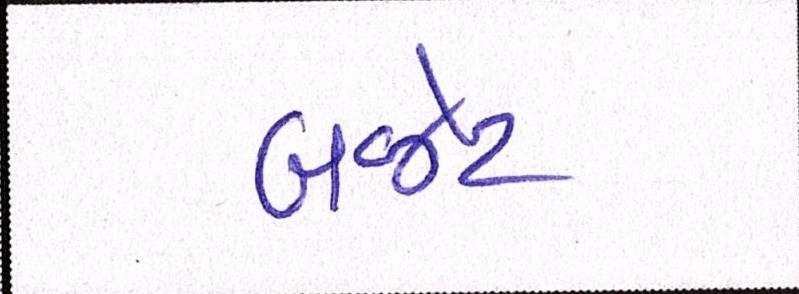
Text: બજેટ